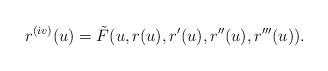
LaTeX: \begin{align*}r^{(iv)}(u)=\tilde F(u,r(u),r'(u),r''(u),r'''(u)).\end{align*}